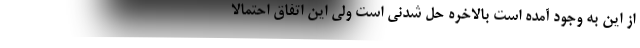
از این به وجود آمده است بالاخره حل شدنی است ولی این اتفاق احتمالاً